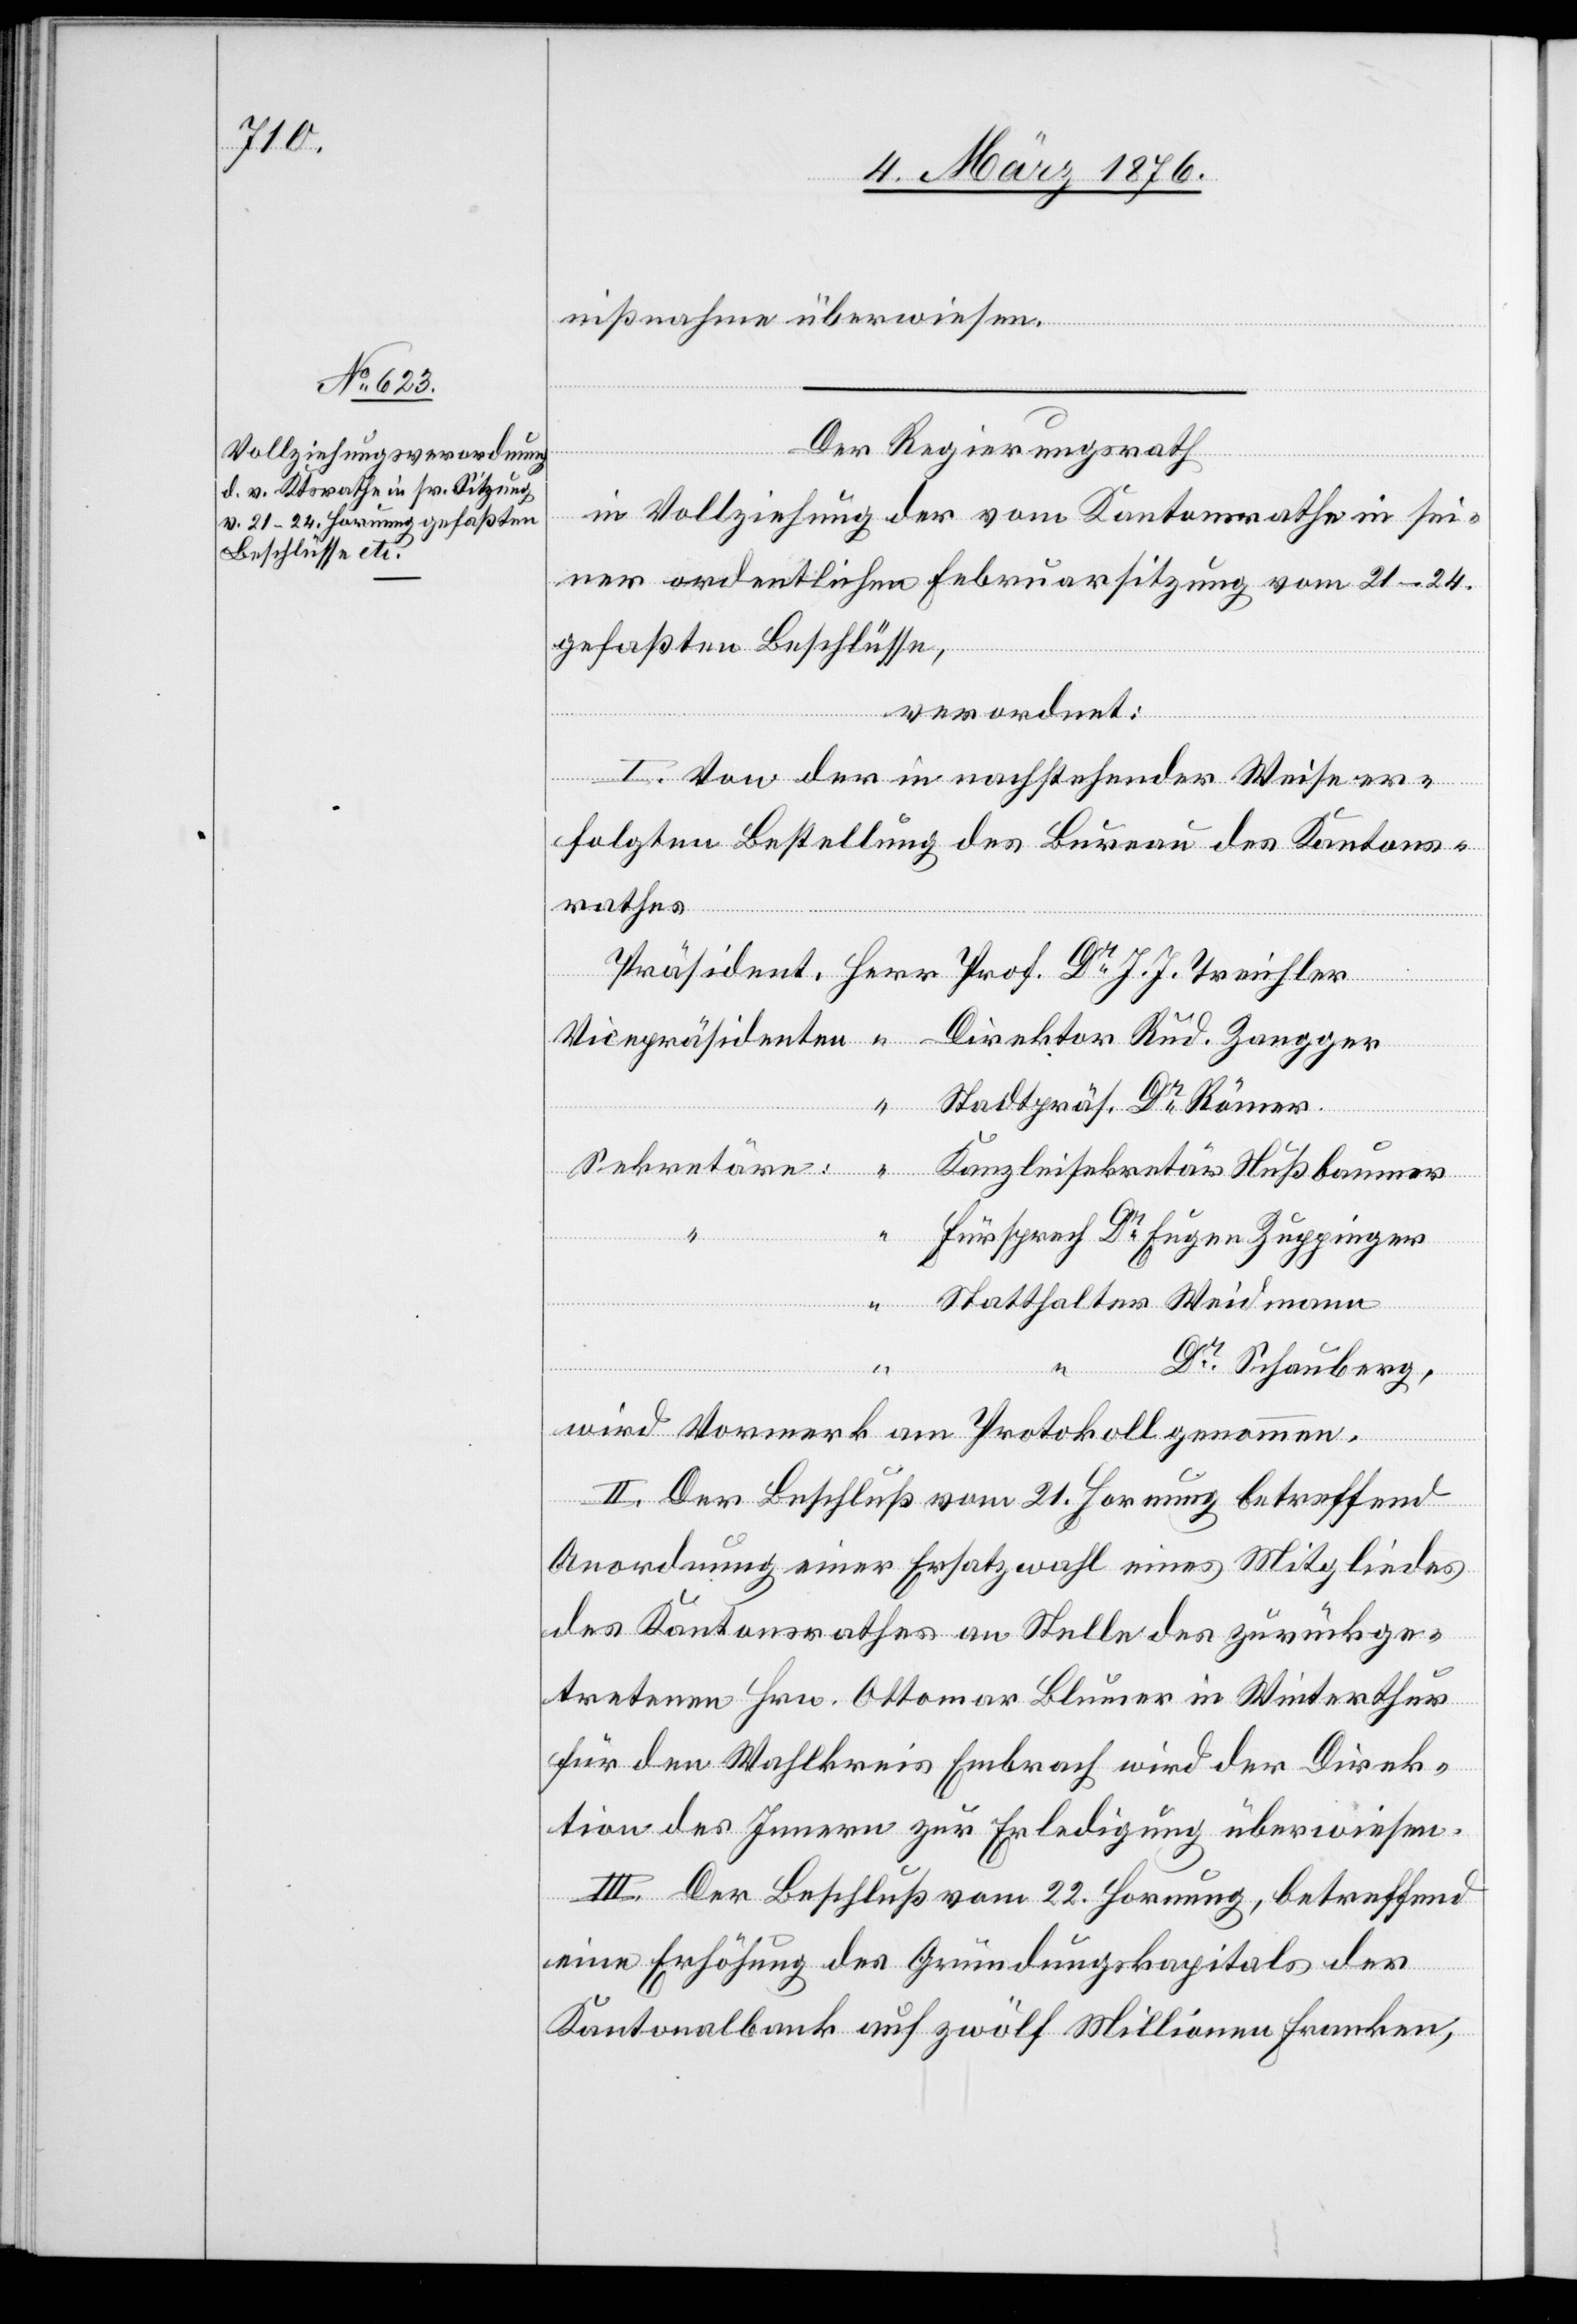
J.

nißnahme überwiesen.
Der Regierungsrath,
in Vollziehung der vom Kantonsrathe in sei¬
ner ordentlichen Februarsitzung vom 21.–24.
gefaßten Beschlüsse,
verordnet:
I. Von der in nachstehender Weise er¬
folgten Bestellung des Bureau des Kantons¬
rathes
Vicepräsidenten
Sekretäre
Weidmann
Römer.
“
Dr Schauberg,
wird Vormerk am Protokoll genommen.
Rud.
II. Der Beschluß vom 21. Hornung betreffend
Anordnung einer Ersatzwahl eines Mitgliedes
des Kantonsrathes an Stelle des zurückge¬
tretenen Hrn. Ottomar Blumer in Winterthur
für den Wahlkreis Embrach wird der Direk¬
tion des Innern zur Erledigung überwiesen.
III. Der Beschluß vom 22. Hornung, betreffend
eine Erhöhung des Gründungskapitals der
Kantonalbank auf zwölf Millionen Franken,